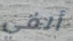
ألفي